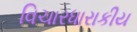
વિચારધારાકીય